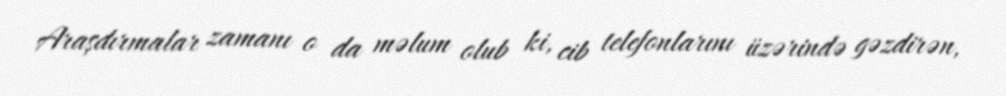
Araşdırmalar zamanı o da məlum olub ki, cib telefonlarını üzərində gəzdirən,